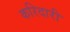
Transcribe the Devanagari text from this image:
करिदारी